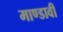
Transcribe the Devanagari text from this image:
माण्डावी